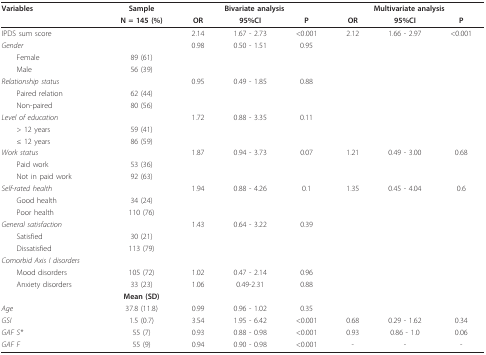
<table><thead><tr><td><b>Variables</b></td><td><b>Sample</b></td><td colspan="3"><b>Bivariate analysis</b></td><td colspan="3"><b>Multivariate analysis</b></td></tr><tr><td></td><td><b>N = 145 (%)</b></td><td><b>OR</b></td><td><b>95%CI</b></td><td><b>P</b></td><td><b>OR</b></td><td><b>95%CI</b></td><td><b>P</b></td></tr></thead><tbody><tr><td>IPDS sum score</td><td></td><td>2.14</td><td>1.67 - 2.73</td><td>&lt;0.001</td><td>2.12</td><td>1.66 - 2.97</td><td>&lt;0.001</td></tr><tr><td><i>Gender</i></td><td></td><td>0.98</td><td>0.50 - 1.51</td><td>0.95</td><td></td><td></td><td></td></tr><tr><td> Female</td><td>89 (61)</td><td></td><td></td><td></td><td></td><td></td><td></td></tr><tr><td> Male</td><td>56 (39)</td><td></td><td></td><td></td><td></td><td></td><td></td></tr><tr><td><i>Relationship status</i></td><td></td><td>0.95</td><td>0.49 - 1.85</td><td>0.88</td><td></td><td></td><td></td></tr><tr><td> Paired relation</td><td>62 (44)</td><td></td><td></td><td></td><td></td><td></td><td></td></tr><tr><td> Non-paired</td><td>80 (56)</td><td></td><td></td><td></td><td></td><td></td><td></td></tr><tr><td><i>Level of education</i></td><td></td><td>1.72</td><td>0.88 - 3.35</td><td>0.11</td><td></td><td></td><td></td></tr><tr><td> &gt; 12 years</td><td>59 (41)</td><td></td><td></td><td></td><td></td><td></td><td></td></tr><tr><td> ≤ 12 years</td><td>86 (59)</td><td></td><td></td><td></td><td></td><td></td><td></td></tr><tr><td><i>Work status</i></td><td></td><td>1.87</td><td>0.94 - 3.73</td><td>0.07</td><td>1.21</td><td>0.49 - 3.00</td><td>0.68</td></tr><tr><td> Paid work</td><td>53 (36)</td><td></td><td></td><td></td><td></td><td></td><td></td></tr><tr><td> Not in paid work</td><td>92 (63)</td><td></td><td></td><td></td><td></td><td></td><td></td></tr><tr><td><i>Self-rated health</i></td><td></td><td>1.94</td><td>0.88 - 4.26</td><td>0.1</td><td>1.35</td><td>0.45 - 4.04</td><td>0.6</td></tr><tr><td> Good health</td><td>34 (24)</td><td></td><td></td><td></td><td></td><td></td><td></td></tr><tr><td> Poor health</td><td>110 (76)</td><td></td><td></td><td></td><td></td><td></td><td></td></tr><tr><td><i>General satisfaction</i></td><td></td><td>1.43</td><td>0.64 - 3.22</td><td>0.39</td><td></td><td></td><td></td></tr><tr><td> Satisfied</td><td>30 (21)</td><td></td><td></td><td></td><td></td><td></td><td></td></tr><tr><td> Dissatisfied</td><td>113 (79)</td><td></td><td></td><td></td><td></td><td></td><td></td></tr><tr><td><i>Comorbid Axis I disorders</i></td><td></td><td></td><td></td><td></td><td></td><td></td><td></td></tr><tr><td> Mood disorders</td><td>105 (72)</td><td>1.02</td><td>0.47 - 2.14</td><td>0.96</td><td></td><td></td><td></td></tr><tr><td> Anxiety disorders</td><td>33 (23)</td><td>1.06</td><td>0.49-2.31</td><td>0.88</td><td></td><td></td><td></td></tr><tr><td></td><td><b>Mean (SD)</b></td><td></td><td></td><td></td><td></td><td></td><td></td></tr><tr><td><i>Age </i></td><td>37.8 (11.8)</td><td>0.99</td><td>0.96 - 1.02</td><td>0.35</td><td></td><td></td><td></td></tr><tr><td><i>GSI </i></td><td>1.5 (0.7)</td><td>3.54</td><td>1.95 - 6.42</td><td>&lt;0.001</td><td>0.68</td><td>0.29 - 1.62</td><td>0.34</td></tr><tr><td><i>GAF S*</i></td><td>55 (7)</td><td>0.93</td><td>0.88 - 0.98</td><td>&lt;0.001</td><td>0.93</td><td>0.86 - 1.0</td><td>0.06</td></tr><tr><td><i>GAF F</i></td><td>55 (9)</td><td>0.94</td><td>0.90 - 0.98</td><td>&lt;0.001</td><td>-</td><td>-</td><td>-</td></tr></tbody></table>